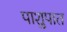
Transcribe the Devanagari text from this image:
पाशुपात